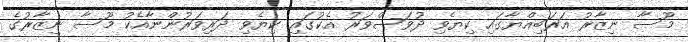
މޫސާ ނިޒާރު އަރަބިއްޔާގައި ކިޔެވި ދުވަސްވަރު އެކުގައި ކިޔެވި ދަރިވަރުންނާއެކު މޫސާ ނިޒާރުގެ